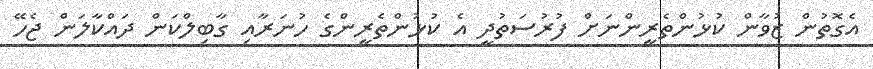
އެގޮތުން ޒުވާން ކުޅުންތެރީންނަށް ފުރުސަތުދީ އެ ކުޅުންތެރީންގެ ހުނަރާއި ގާބިލްކަން ދައްކާލަން ޖެހޭ